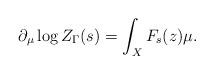
LaTeX: \begin{align*}\partial_\mu \log Z_\Gamma (s) = \int_X F_s(z) \mu. \end{align*}